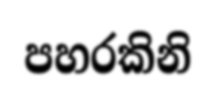
පහරකිනි